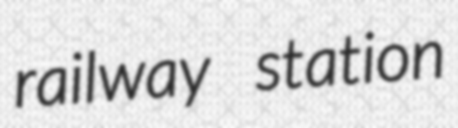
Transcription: railway station